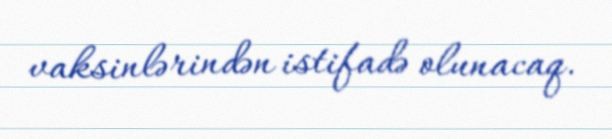
vaksinlərindən istifadə olunacaq.